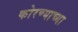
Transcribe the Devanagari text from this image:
कोरण्याच्या